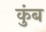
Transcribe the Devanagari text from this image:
कुंब